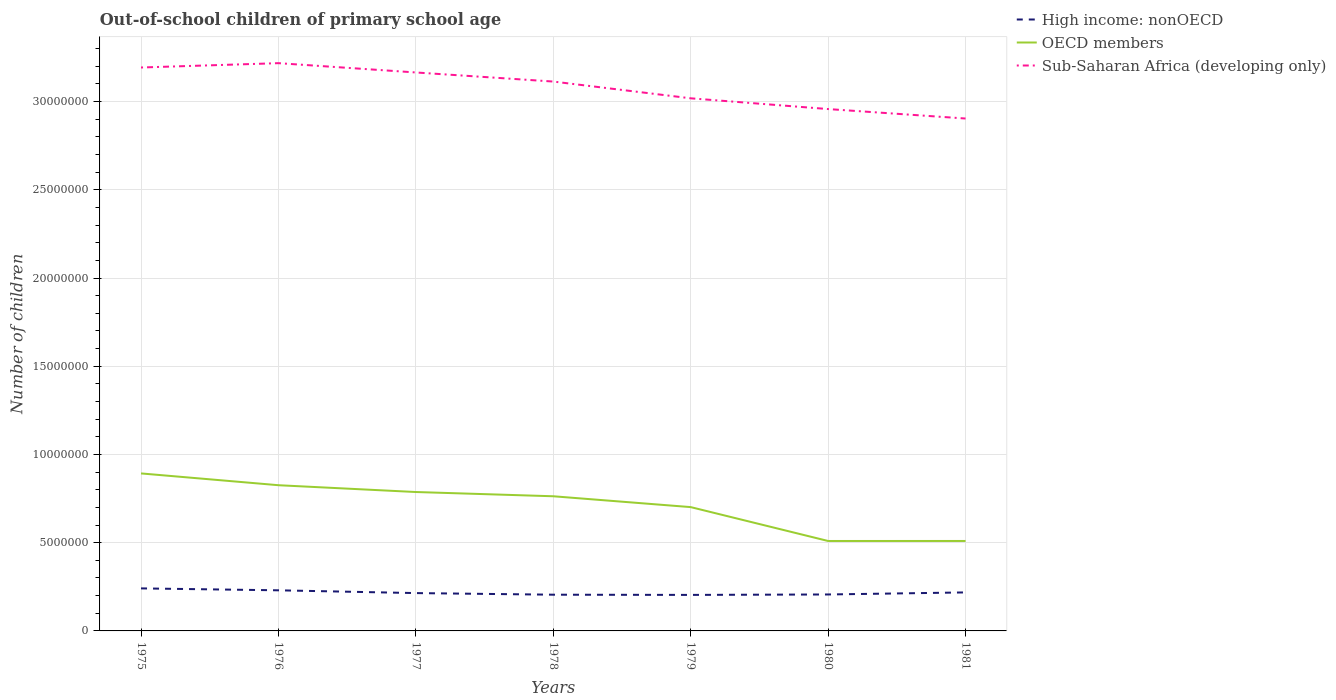
| Years | High income: nonOECD | OECD members | Sub-Saharan Africa (developing only) |
 | --- | --- | --- | --- |
 | 1975 | 2.41e+06 | 8.93e+06 | 3.19e+07 |
 | 1976 | 2.3e+06 | 8.26e+06 | 3.22e+07 |
 | 1977 | 2.14e+06 | 7.87e+06 | 3.17e+07 |
 | 1978 | 2.05e+06 | 7.63e+06 | 3.11e+07 |
 | 1979 | 2.04e+06 | 7.02e+06 | 3.02e+07 |
 | 1980 | 2.07e+06 | 5.1e+06 | 2.96e+07 |
 | 1981 | 2.18e+06 | 5.1e+06 | 2.9e+07 |